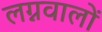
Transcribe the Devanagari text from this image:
लग्नवालों